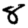
Digit: 8